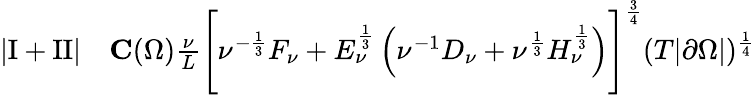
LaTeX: \begin{array}{rl}{\left\lvert\mathrm I+\mathrm{II}\right\rvert}&{{}\le C(\Omega)\frac\nu L\Biggl[\nu^{-\frac 13}F_{\nu}+E_{\nu}^{\frac 13}\left(\nu^{-1}D_{\nu}+\nu^{\frac 13}H_{\nu}^{\frac 13}\right)\Biggr]^{\frac 34}(T|\partial\Omega|)^{\frac 14}}\end{array}